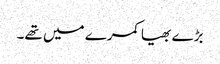
بڑے بھیا کمرے میں تھے۔